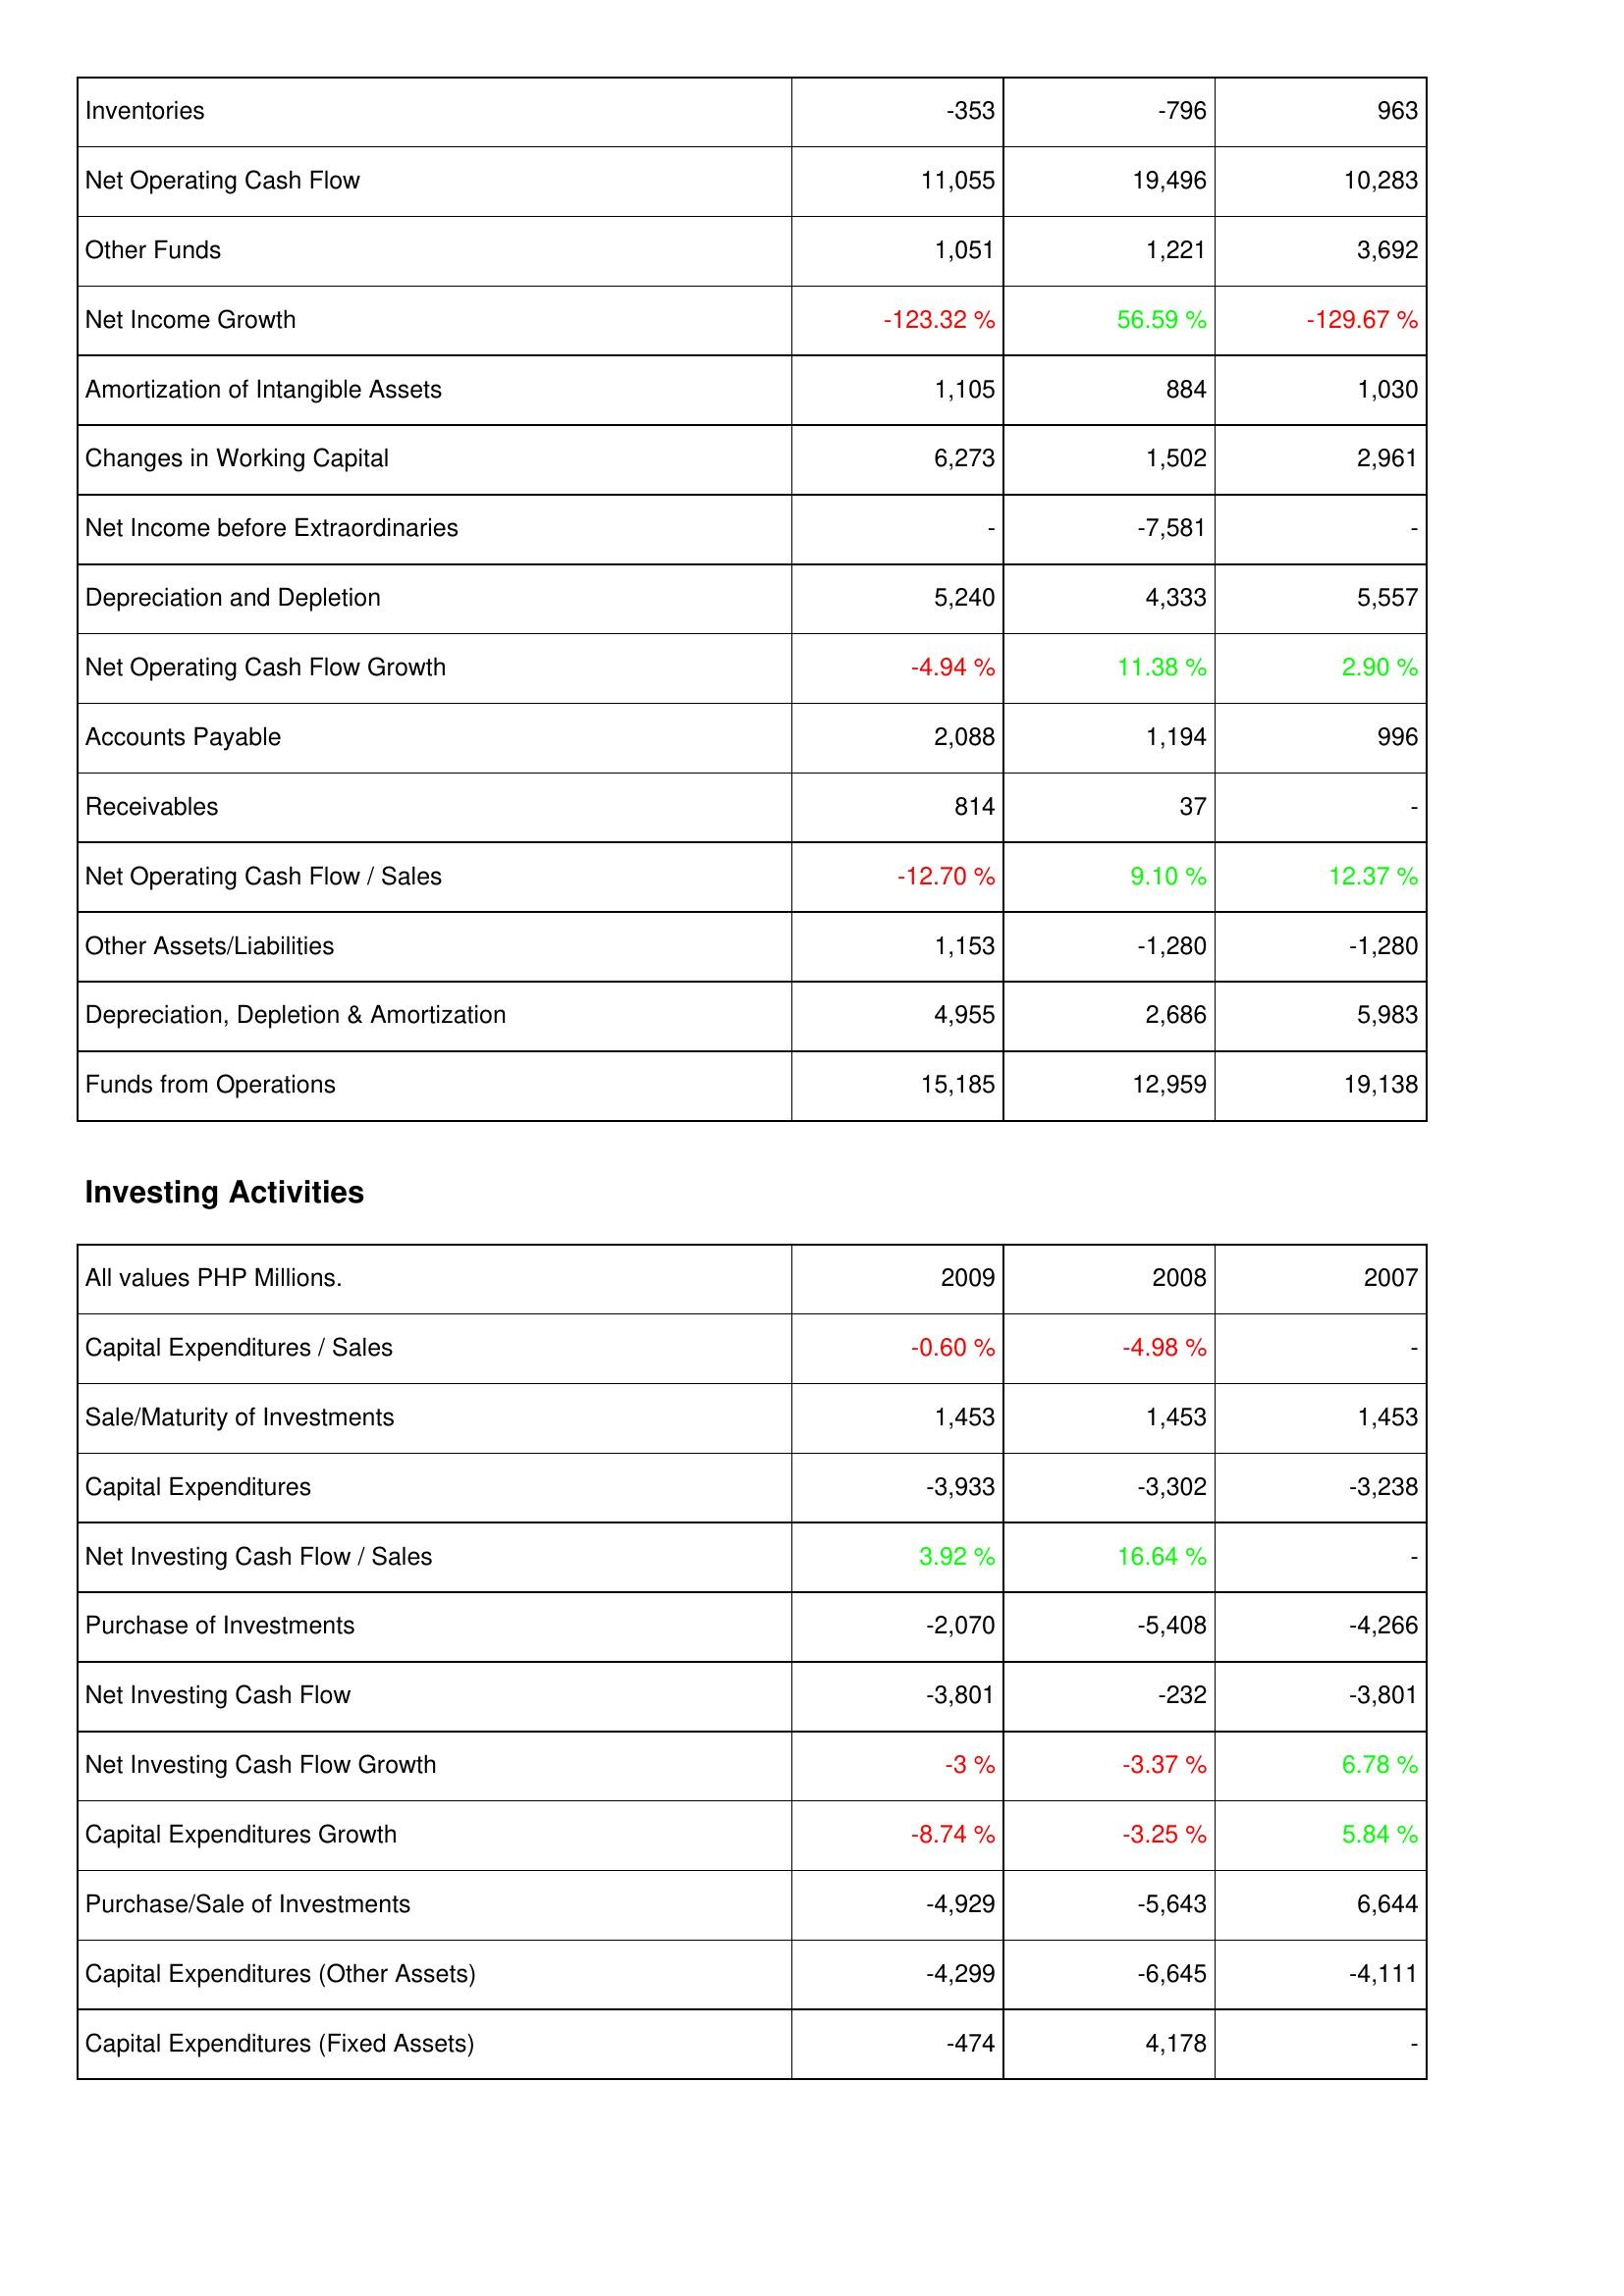
2009: Operating Activities: Inventories: -353
Net Operating Cash Flow: 11,055
Other Funds: 1,051
Net Income Growth: -123.32 %
Amortization of Intangible Assets: 1,105
Changes in Working Capital: 6,273
Net Income before Extraordinaries: -
Depreciation and Depletion: 5,240
Net Operating Cash Flow Growth: -4.94 %
Accounts Payable: 2,088
Receivables: 814
Net Operating Cash Flow / Sales: -12.70 %
Other Assets/Liabilities: 1,153
Depreciation, Depletion & Amortization: 4,955
Funds from Operations: 15,185
Investing Activities: Capital Expenditures / Sales: -0.60 %
Sale/Maturity of Investments: 1,453
Capital Expenditures: -3,933
Net Investing Cash Flow / Sales: 3.92 %
Purchase of Investments: -2,070
Net Investing Cash Flow: -3,801
Net Investing Cash Flow Growth: -3 %
Capital Expenditures Growth: -8.74 %
Purchase/Sale of Investments: -4,929
Capital Expenditures (Other Assets): -4,299
Capital Expenditures (Fixed Assets): -474
2008: Operating Activities: Inventories: -796
Net Operating Cash Flow: 19,496
Other Funds: 1,221
Net Income Growth: 56.59 %
Amortization of Intangible Assets: 884
Changes in Working Capital: 1,502
Net Income before Extraordinaries: -7,581
Depreciation and Depletion: 4,333
Net Operating Cash Flow Growth: 11.38 %
Accounts Payable: 1,194
Receivables: 37
Net Operating Cash Flow / Sales: 9.10 %
Other Assets/Liabilities: -1,280
Depreciation, Depletion & Amortization: 2,686
Funds from Operations: 12,959
Investing Activities: Capital Expenditures / Sales: -4.98 %
Sale/Maturity of Investments: 1,453
Capital Expenditures: -3,302
Net Investing Cash Flow / Sales: 16.64 %
Purchase of Investments: -5,408
Net Investing Cash Flow: -232
Net Investing Cash Flow Growth: -3.37 %
Capital Expenditures Growth: -3.25 %
Purchase/Sale of Investments: -5,643
Capital Expenditures (Other Assets): -6,645
Capital Expenditures (Fixed Assets): 4,178
2007: Operating Activities: Inventories: 963
Net Operating Cash Flow: 10,283
Other Funds: 3,692
Net Income Growth: -129.67 %
Amortization of Intangible Assets: 1,030
Changes in Working Capital: 2,961
Net Income before Extraordinaries: -
Depreciation and Depletion: 5,557
Net Operating Cash Flow Growth: 2.90 %
Accounts Payable: 996
Receivables: -
Net Operating Cash Flow / Sales: 12.37 %
Other Assets/Liabilities: -1,280
Depreciation, Depletion & Amortization: 5,983
Funds from Operations: 19,138
Investing Activities: Capital Expenditures / Sales: -
Sale/Maturity of Investments: 1,453
Capital Expenditures: -3,238
Net Investing Cash Flow / Sales: -
Purchase of Investments: -4,266
Net Investing Cash Flow: -3,801
Net Investing Cash Flow Growth: 6.78 %
Capital Expenditures Growth: 5.84 %
Purchase/Sale of Investments: 6,644
Capital Expenditures (Other Assets): -4,111
Capital Expenditures (Fixed Assets): -